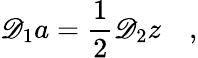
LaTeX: \mathscr{D}_{1}a=\frac{1}{2}\mathscr{D}_{2}z\quad,